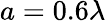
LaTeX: a=0.6\lambda